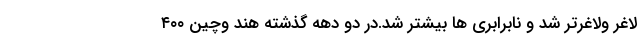
لاغر ولاغرتر شد و نابرابری ها بیشتر شد.در دو دهه گذشته هند وچین ۴۰۰